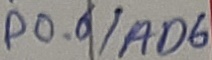
Text: P0.6/AD6